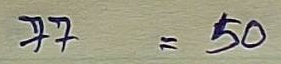
77 = 50